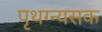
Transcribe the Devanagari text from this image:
पृथग्न्यसक